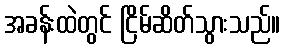
အခန်းထဲတွင် ငြိမ်ဆိတ်သွားသည်။